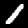
Digit: 1